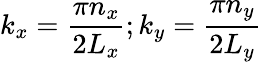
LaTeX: k_{x}=\frac{\pi n_{x}}{2L_{x}};k_{y}=\frac{\pi n_{y}}{2L_{y}}